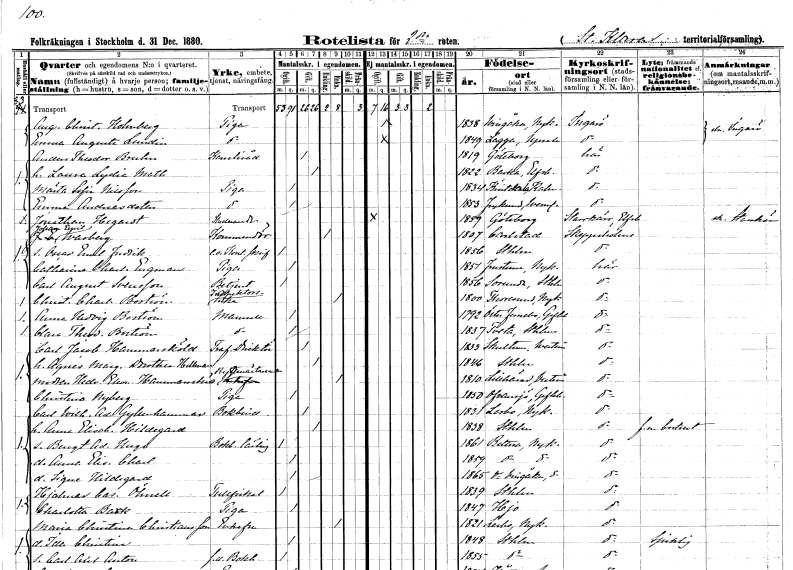
gt_parse: households: individuals: FN: Augusta Christina
EN: Holmberg
YRKE: Piga
KON: K
CIV: O
FODAR: 1838
FODFORS: Vingåker Södermanlands län
FN: Emma Augusta
EN: Lundin
YRKE: Piga
KON: K
CIV: O
FODAR: 1849
FODFORS: Lagga Uppsala län
FN: Anders Theodor
EN: Bruhn
YRKE: Kansliråd
KON: M
CIV: G
FODAR: 1819
FODFORS: Göteborg Göteborgs- och Bohuslän
FN: Laura Lydia Mathilda
KON: K
CIV: G
FODAR: 1822
FODFORS: Backa Göteborgs- och Bohuslän
FN: Märta Sofia
EN: Nilsson
YRKE: Piga
KON: K
CIV: O
FODAR: 1834
FODFORS: Kristdala Kalmar län
FN: Emma
EN: Andersdotter
YRKE: Piga
KON: K
CIV: O
FODAR: 1853
FODFORS: Frykerud Värmlands län
FN: Jonathan
EN: Hegardt
YRKE: Studerande
KON: M
CIV: O
FODAR: 1859
FODFORS: Göteborg Göteborgs- och Bohuslän
FN: Johan Emil
EN: Warberg
YRKE: Kommandör
KON: M
CIV: E
FODAR: 1807
FODFORS: Karlstad Värmlands län
FN: Oscar Emil Fredrik
YRKE: Kontorsskrivare e.o.
KON: M
CIV: O
FODAR: 1856
FODFORS: Stockholm
FN: Catharina Charlotta
EN: Engman
YRKE: Piga
KON: K
CIV: O
FODAR: 1851
FODFORS: Frustuna Södermanlands län
FN: Carl August
EN: Svensson
YRKE: Betjänt
KON: M
CIV: O
FODAR: 1856
FODFORS: Sorunda Stockholms län
FN: Christina Charlotta
EN: Boström
YRKE: Inspektorsänka
KON: K
CIV: E
FODAR: 1800
FODFORS: Toresund Södermanlands län
FN: Anna Hedvig
EN: Boström
KON: K
CIV: O
FODAR: 1792
FODFORS: Österfärnebo Gävleborgs län
FN: Clara Theodora
EN: Boström
KON: K
CIV: O
FODAR: 1837
FODFORS: Tveta Stockholms län
FN: Carl Jacob
EN: Hammarsköld
YRKE: Trafikdirektör
KON: M
CIV: G
FODAR: 1833
FODFORS: Skultuna Västmanlands län
FN: Agnes Margareta Dorothea
EN: Hellman
KON: K
CIV: G
FODAR: 1846
FODFORS: Stockholm
FN: Hedvig Eleonora
EN: Hammarsköld
YRKE: Ryttmästareänka
KON: K
CIV: E
FODAR: 1810
FODFORS: Lillhärad Västmanlands län
FN: Christina
EN: Nyberg
YRKE: Piga
KON: K
CIV: O
FODAR: 1850
FODFORS: Ovansjö Gävleborgs län
FN: Carl Wilhelm Adolf
EN: Gyllenhammar
YRKE: Bokbindare
KON: M
CIV: G
FODAR: 1831
FODFORS: Lerbo Södermanlands län
FN: Anna Elisabeth Hildegard
KON: K
CIV: G
FODAR: 1838
FODFORS: Stockholm
FN: Bengt Adolf Hugo
YRKE: Bokbindarelärling
KON: M
CIV: O
FODAR: 1861
FODFORS: Bettna Södermanlands län
FN: Anna Elisabeth Charlotta
KON: K
CIV: O
FODAR: 1859
FODFORS: Bettna Södermanlands län
FN: Signe Hildegard
KON: K
CIV: O
FODAR: 1865
FODFORS: Västra Vingåker Södermanlands län
FN: Hjalmar Cas.
EN: Öhnell
YRKE: Tullfiskal
KON: M
CIV: O
FODAR: 1839
FODFORS: Stockholm
FN: Charlotta
EN: Bark
YRKE: Piga
KON: K
CIV: O
FODAR: 1847
FODFORS: Hjo Skaraborgs län